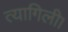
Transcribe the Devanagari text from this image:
त्यागिली।